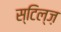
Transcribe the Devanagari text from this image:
स्टिल्ज़